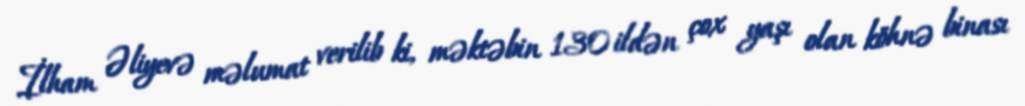
İlham Əliyevə məlumat verilib ki, məktəbin 130 ildən çox yaşı olan köhnə binası